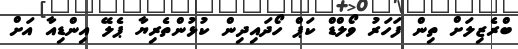
ބްރެޒިލަށް ތިން ފަހަރު ވޯލްޑް ކަޕް ހޯދައިދިން ކުޅުންތެރިޔާ ޕެލޭ އިންޑިއާ އަށް